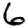
Digit: 6